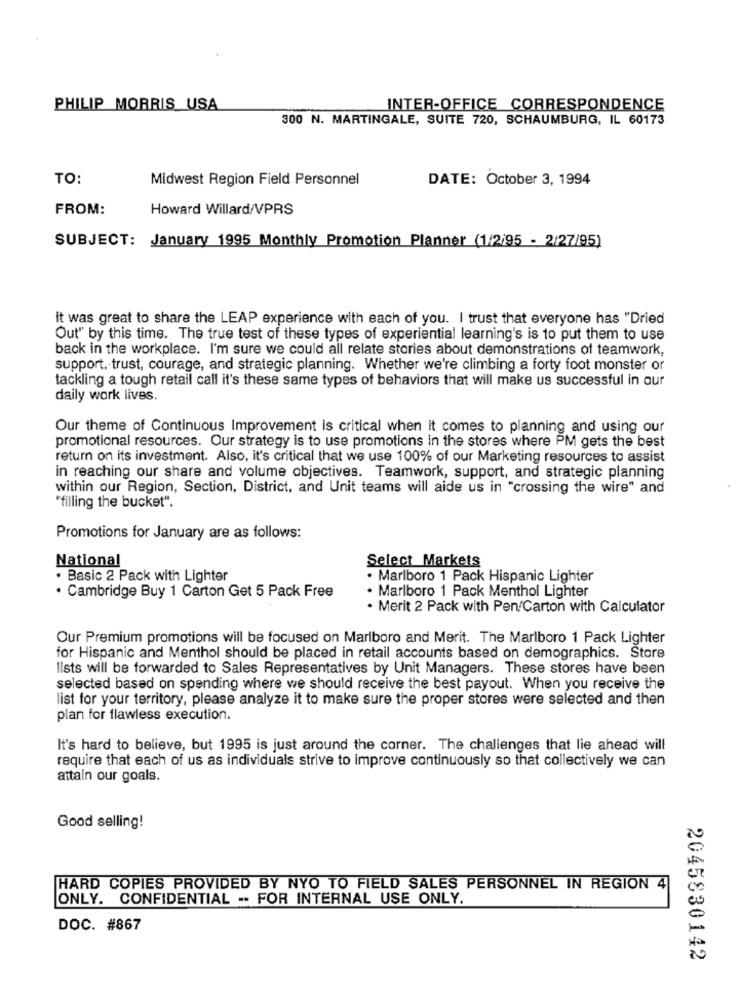
PHILIP MORRIS USA
INTER-OFFICE CORRESPONDENCE
300 N. MARTINGALE, SUITE 720, SCHAUMBURG, IL 60173
TO:
Midwest Region Field Personnel
DATE: October 3, 1994
FROM:
Howard Willard/VPRS
SUBJECT: January 1995 Monthly Promotion Planner (1/2/95 - 2/27/95)
It was great to share the LEAP experience with each of you. I trust that everyone has "Dried
Out" by this time. The true test of these types of experiential learning's is to put them to use
back in the workplace. I'm sure we could all relate stories about demonstrations of teamwork,
support. trust, courage, and strategic planning. Whether we're climbing a forty foot monster or
tackling a tough retail call it's these same types of behaviors that will make us successful in our
daily work lives.
Our theme of Continuous Improvement is critical when it comes to planning and using our
promotional resources. Our strategy is to use promotions in the stores where PM gets the best
return on its investment. Also, it's critical that we use 100% of our Marketing resources to assist
in reaching our share and volume objectives. Teamwork, support, and strategic planning
within our Region, Section, District, and Unit teams will aide us in "crossing the wire" and
"filling the bucket".
Promotions for January are as follows:
National
Select Markets
. Basic 2 Pack with Lighter
· Marlboro 1 Pack Hispanic Lighter
. Marlboro 1 Pack Menthol Lighter
. Cambridge Buy 1 Carton Get 5 Pack Free
· Merit 2 Pack with Pen/Carton with Calculator
Our Premium promotions will be focused on Marlboro and Merit. The Marlboro 1 Pack Lighter
for Hispanic and Menthol should be placed in retail accounts based on demographics. Store
lists will be forwarded to Sales Representatives by Unit Managers. These stores have been
selected based on spending where we should receive the best payout. When you receive the
list for your territory, please analyze it to make sure the proper stores were selected and then
plan for flawless execution.
It's hard to believe, but 1995 is just around the corner. The challenges that lie ahead will
require that each of us as individuals strive to improve continuously so that collectively we can
attain our goals.
Good selling!
HARD COPIES PROVIDED BY NYO TO FIELD SALES PERSONNEL IN REGION 4
ONLY. CONFIDENTIAL .. FOR INTERNAL USE ONLY.
DOC. #867
2045830142